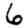
Digit: 6